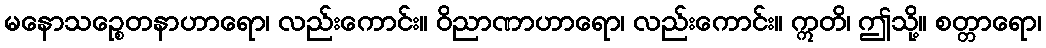
မနောသဉ္စေတနာဟာရော၊ လည်းကောင်း။ ဝိညာဏာဟာရော၊ လည်းကောင်း။ ဣတိ၊ ဤသို့။ စတ္တာရော၊